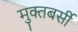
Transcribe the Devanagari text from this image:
मुक्तबर्सी